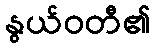
နွယ်ဝတီ၏